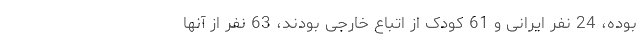
بوده، 24 نفر ایرانی و 61 کودک از اتباع خارجی بودند، 63 نفر از آنها